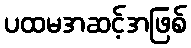
ပထမအဆင့်အဖြစ်